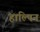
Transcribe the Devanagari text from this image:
हाल्पिन